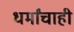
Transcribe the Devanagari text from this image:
धर्मांचाही